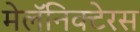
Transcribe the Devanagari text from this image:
मेलॅनिक्टेरस